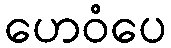
ဟေဝံပေ